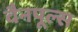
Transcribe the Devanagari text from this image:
वैनपूल्स